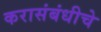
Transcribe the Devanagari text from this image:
करासंबंधीचे